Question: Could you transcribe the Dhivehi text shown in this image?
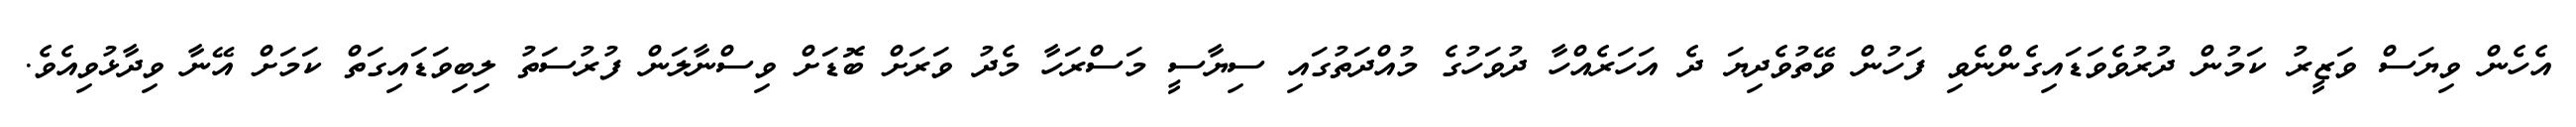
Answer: އެހެން ވިޔަސް ވަޒީރު ކަމުން ދުރުވެވަޑައިގެންނެވި ފަހުން ވޭތުވެދިޔަ ދެ އަހަރެއްހާ ދުވަހުގެ މުއްދަތުގައި ސިޔާސީ މަސްރަހާ މެދު ވަރަށް ބޮޑަށް ވިސްނާލަން ފުރުސަތު ލިބިވަޑައިގަތް ކަމަށް އޭނާ ވިދާޅުވިއެވެ.